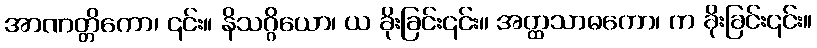
အာဏတ္တိကော၊ ၎င်း။ နိသဂ္ဂိယော၊ ယ ခိုးခြင်း၎င်း။ အတ္ထသာဓကော၊ က ခိုးခြင်း၎င်း။